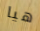
هيا